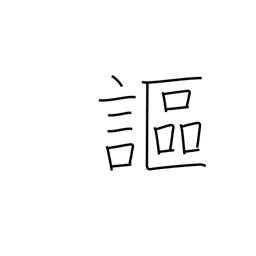
Meaning: declare